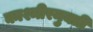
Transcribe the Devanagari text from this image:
काश्मीरमुक्ती